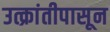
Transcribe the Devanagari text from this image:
उत्क्रांतीपासून